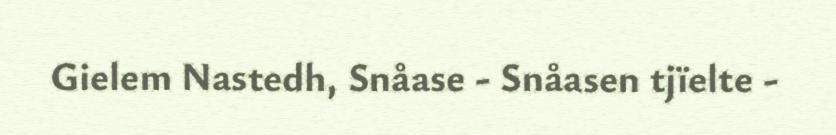
Gielem Nastedh, Snåase - Snåasen tjïelte -